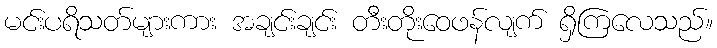
မင်းပရိသတ်များကား အချင်းချင်း တီးတိုးဝေဖန်လျက် ရှိကြလေသည်။